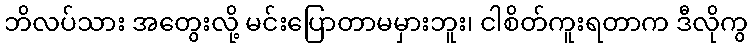
ဘိလပ်သား အတွေးလို့ မင်းပြောတာမမှားဘူး၊ ငါစိတ်ကူးရတာက ဒီလိုကွ